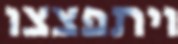
ויתפצצו